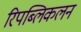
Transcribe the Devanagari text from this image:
रिपब्लिकलन